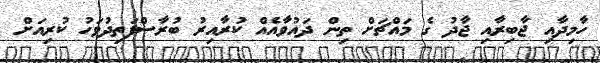
ހާމިދާއި ޖާބިރާއި ޖާދު ގެ މައްޗަށް ތިން ދައުވާއެއް ކުރާއިރު ބުރާސްފަތިދުވަހު ކުރިއަށް